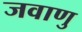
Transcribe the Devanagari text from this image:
जवाणु